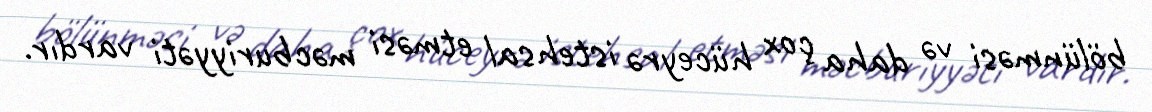
bölünməsi və daha çox hüceyrə istehsal etməsi məcburiyyəti vardır.